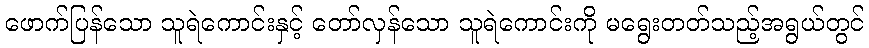
ဖောက်ပြန်သော သူရဲကောင်းနှင့် တော်လှန်သော သူရဲကောင်းကို မရွေးတတ်သည့်အရွယ်တွင်